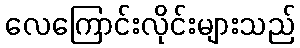
လေကြောင်းလိုင်းများသည်